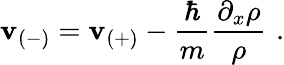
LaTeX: \mathbf{v}_{(-)}=\mathbf{v}_{(+)}-\frac{{\hbar}}{{m}}\frac{{\partial_{x}\rho}}{{\rho}}\, \, .